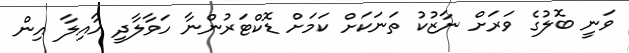
ވަނީ ބޮލުގެ ވަރަށް ނާޒުކު ތަނަކަށް ކަމަށް ޑޮކްޓަރުންނާ ހަވާލާދީ އާއިލާ އިން